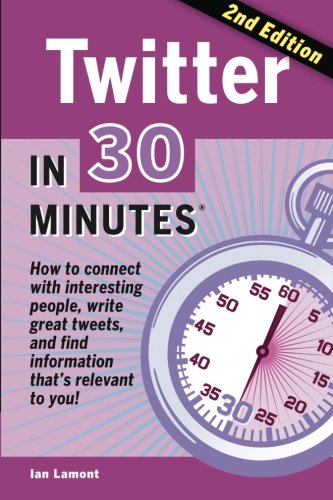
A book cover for Twitter In 30 Minutes (2nd Edition): How to connect with interesting people, write great tweets, and find information that's relevant to you; Ian Lamont; Computers & Technology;